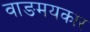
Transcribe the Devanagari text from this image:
वाङमयकार